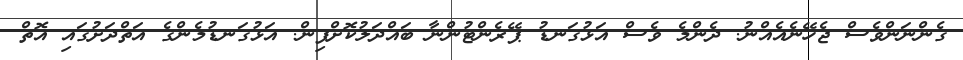
ގެންނަންވެސް ޖެހޭނެއެއްނު. ދެންމެ ވެސް އަޅުގަނޑު ޕޭރެންޓުންނާ ބައްދަލުކޮށްފިން. އަޅުގަނޑުމެންގެ އަތްދަށުގައި އޮތް